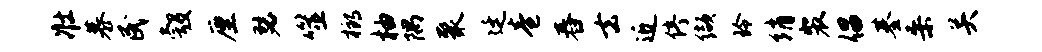
壮慕民彀厘瑟噬榔柚隅聚廷卷舂去近停缬玲绡裴倡基桑关